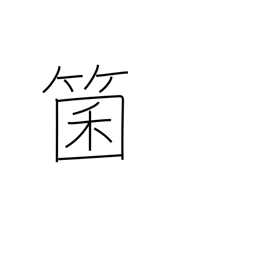
Meaning: dice